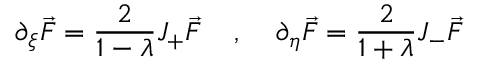
\partial _ { \xi } \vec { F } = \frac { 2 } { 1 - \lambda } J _ { + } \vec { F } \; \; \; \; , \; \; \; \; \partial _ { \eta } \vec { F } = \frac { 2 } { 1 + \lambda } J _ { - } \vec { F }